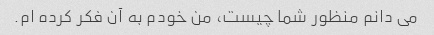
می دانم منظور شما چیست، من خودم به آن فکر کرده ام.